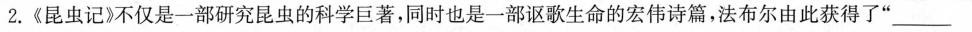
2.《昆虫记》不仅是一部研究昆虫的科学巨著，同事也是一部讴歌生命的宏伟诗篇，法布尔由此获得了“___